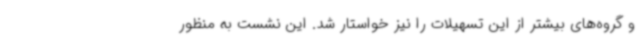
و گروه‌های بیشتر از این تسهیلات را نیز خواستار شد. این نشست به منظور